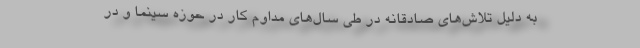
به دلیل تلاش‌های صادقانه در طی سال‌های مداوم کار در حوزه سینما و در